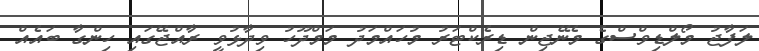
ލަފާޖު މޯލްޑިވްސްގެ މެނޭޖިން ޑިރެކްޓަރު މުހައްމަދު މަމްދޫހު ވިދާޅުވީ ރާއްޖޭގައި ހިންގާ ބައެއް